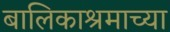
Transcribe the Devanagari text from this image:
बालिकाश्रमाच्या